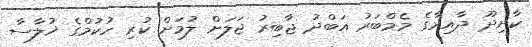
ކާށިދޫ ދާއިރާގެ މެމްބަރު އަބްދު ޖާބިރު ޖަލަށް ލުމަށް ކުރި ހުކުމްގެ ޚުލާސާ